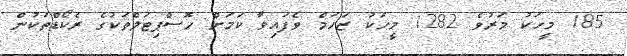
185 މީހަކު މަރުވެ 1282 މީހަކު ޒަހަމް ވެފައިވާ ކަމަށް ހޮސްޕިޓަލްތަކުގެ ރެކޯޑްތަކުން